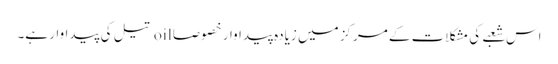
اس شعبے کی مشکلات کے مرکز میں زیادہ پیداوار خصوصا oil تیل کی پیداوار ہے۔